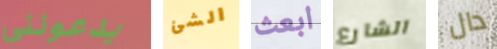
يدعونني الشئ ابعث الشارع دال